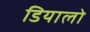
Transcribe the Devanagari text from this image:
डियालो